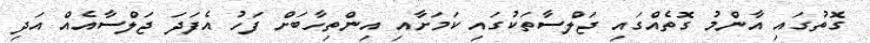
ގޮތުގައި އާންމު ގޮތެއްގައި ޖަލްސާތަކުގައި ކަމަށާއި އިންތިހާބަށް ފަހު އެފަދަ ޖަލްސާއެއް އަދި